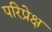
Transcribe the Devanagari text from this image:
परिप्रेक्ष